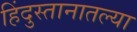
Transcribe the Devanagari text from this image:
हिंदुस्तानातल्या